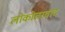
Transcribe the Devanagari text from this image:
लोकोत्तरवाद